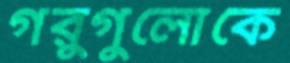
গরুগুলোকে